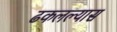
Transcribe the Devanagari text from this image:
ढकलल्यास